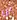
ان